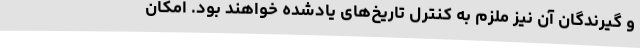
و گیرندگان آن نیز ملزم به کنترل تاریخ‌های یادشده خواهند بود. امکان